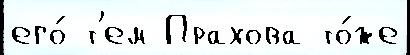
его́ т'ем Прахова то́же